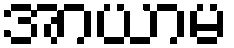
အာယာမ